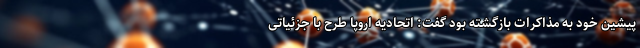
پیشین خود به مذاکرات بازگشته بود گفت: اتحادیه اروپا طرح با جزئیاتی